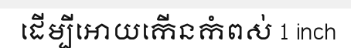
ដើម្បីអោយកើនកំពស់ 1 inch